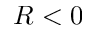
R < 0